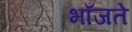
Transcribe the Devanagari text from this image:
भाँजते